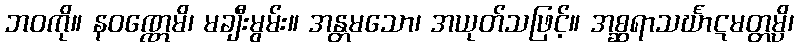
ဘဝကို။ နဝဏ္ဏေမိ၊ မချီးမွမ်း။ အန္တမသော၊ အယုတ်သဖြင့်။ အစ္ဆရာသင်္ဃာဋမတ္တမ္ပိ၊